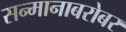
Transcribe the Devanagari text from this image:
सन्मानाबरोबर